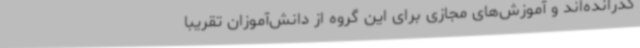
گذرانده‌اند و آموزش‌های مجازی برای این گروه از دانش‌آموزان تقریبا